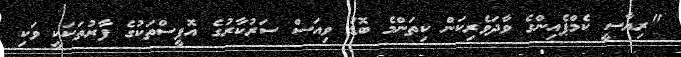
"ރިޔާސީ ކެމްޕެއިންގެ ވާދަވެރިކަން ކިތަންމެ ބޮޑު ވިއަސް ސަރުކާރުގެ އޮފީސްތަކުގެ ފާރުތަކަކީ ވަކި